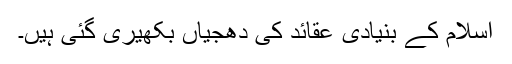
اسلام کے بنیادی عقائد کی دھجیاں بکھیری گئی ہیں۔